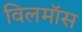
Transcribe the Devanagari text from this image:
विलमॉस